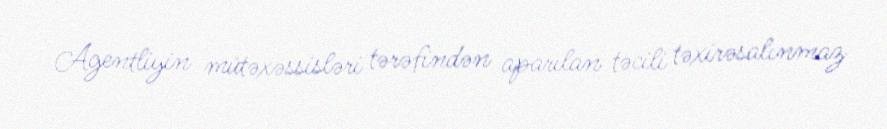
Agentliyin mütəxəssisləri tərəfindən aparılan təcili təxirəsalınmaz